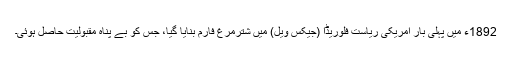
1892ء میں پہلی بار امریکی ریاست فلوریڈا (جیکس ویل) میں شترمرغ فارم بنایا گیا، جس کو بے پناہ مقبولیت حاصل ہوئی۔